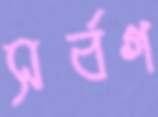
সর্বগ